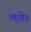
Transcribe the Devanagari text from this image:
लागे॥